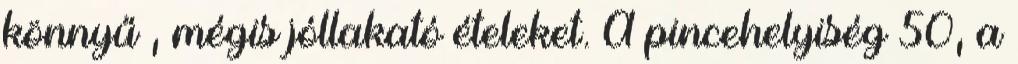
könnyű , mégis jóllakató ételeket. A pincehelyiség 50, a